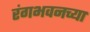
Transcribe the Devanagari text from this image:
रंगभवनच्या